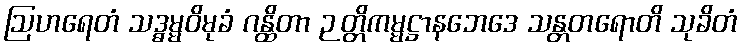
ဩဟရေတံ သဒ္ဓမ္မဝိမုခံ ဂန္ထိတာ ဉတ္တိကမ္မဋ္ဌာနဘေဒေ သန္တတရောတိ သုခိတံ